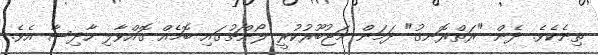
ތިނެކެވެ. ދެން "ރަތްރޮނގު" ދަމަން މަޖުބޫރުކުރީ ލޯންޗުގައި ބޮމެއް ގޮއްވާލި ހާދިސާ އެވެ.